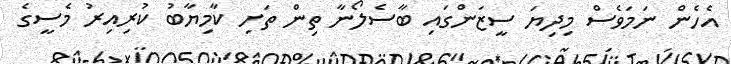
އެހެން ނަމަވެސް މިދިޔަ ސީޒަންގައި ބާސެލޯނާ ތިން ތަށި ކާމިޔާބު ކުރިއިރު މެސީގެ